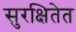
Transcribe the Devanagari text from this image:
सुरक्षितेत